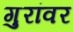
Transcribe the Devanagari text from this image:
गुरांवर